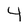
Character: 4